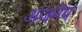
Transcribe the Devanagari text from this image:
अंजनेय